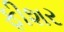
ફીશર